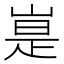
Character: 𪩃